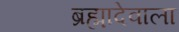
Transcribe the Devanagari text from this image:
ब्रह्मादेवाला